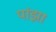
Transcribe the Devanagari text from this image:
पांझा